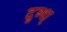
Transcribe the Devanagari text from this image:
दुग्ध्